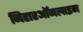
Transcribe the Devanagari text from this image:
निहारऑनलाइन